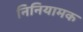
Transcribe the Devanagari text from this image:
निनियामक